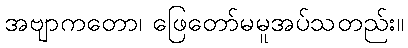
အဗျာကတော၊ ဖြေတော်မမူအပ်သတည်း။